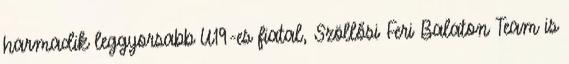
harmadik leggyorsabb U19-es fiatal, Szöllősi Feri Balaton Team is